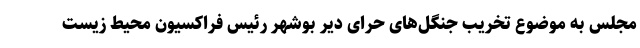
مجلس به موضوع تخریب جنگل‌های حرای دَیر بوشهر رئیس فراکسیون محیط زیست